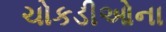
ચોકડીઓના